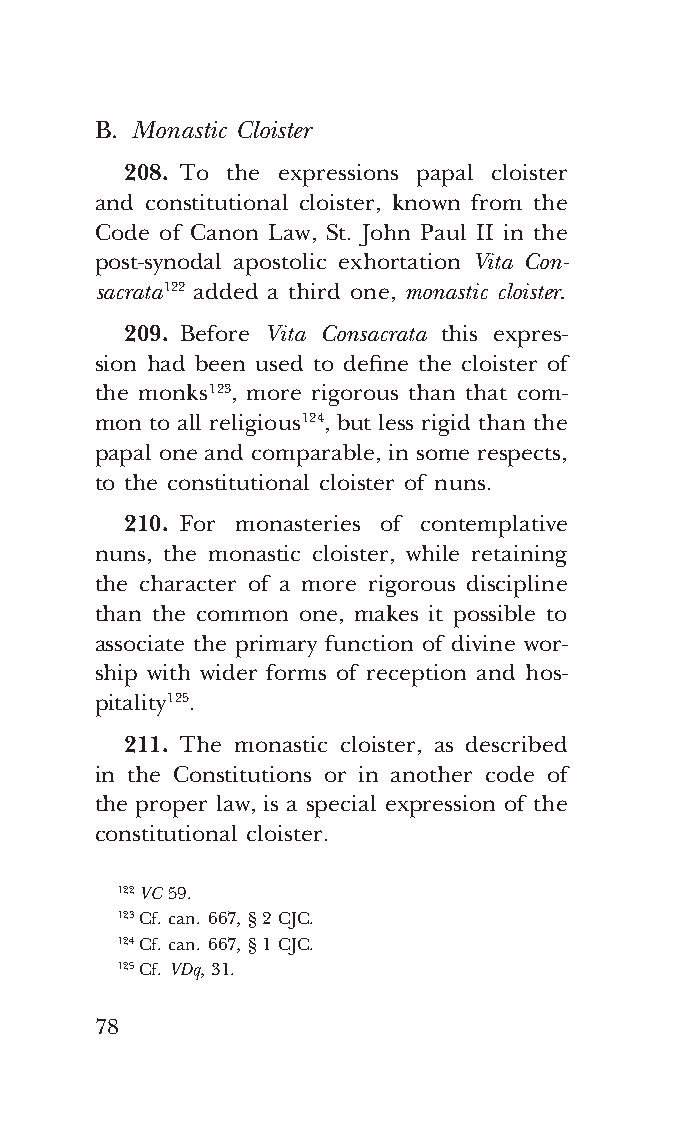
COR ORANS – NUOVO FORMATO – INGLESE 2ª BOZZA – 24 maggio 2018 – 11:12
 B. Monastic Cloister
 208. To the expressions papal cloister
 and constitutional cloister, known from the
 Code of Canon Law, St. John Paul II in the
 post-synodal apostolic exhortation Vita Con-
 sacrata 122 added a third one, monastic cloister.
 209. Before Vita Consacrata this expres-
 sion had been used to define the cloister of
 the monks 123, more rigorous than that com-
 mon to all religious 124, but less rigid than the
 papal one and comparable, in some respects,
 to the constitutional cloister of nuns.
 210. For monasteries of contemplative
 nuns, the monastic cloister, while retaining
 the character of a more rigorous discipline
 than the common one, makes it possible to
 associate the primary function of divine wor-
 ship with wider forms of reception and hos-
 pitality 125.
 211. The monastic cloister, as described
 in the Constitutions or in another code of
 the proper law, is a special expression of the
 constitutional cloister.
 122 VC 59.
 123 Cf. can. 667, § 2 CJC.
 124 Cf. can. 667, § 1 CJC.
 125 Cf. VDq, 31.
 78